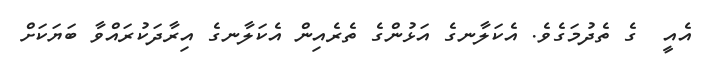
އެއީ  ގެ ތެދުމަގެވެ. އެކަލާނގެ އަޅުންގެ ތެރެއިން އެކަލާނގެ އިރާދަކުރައްވާ ބަޔަކަށް